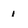
Character: 1